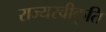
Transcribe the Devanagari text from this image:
राज्यस्वीकृति